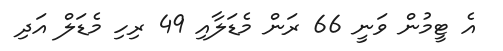
އެ ޓީމުން ވަނީ 66 ރަން މެޑަލާއި 49 ރިހި މެޑަލް އަދި